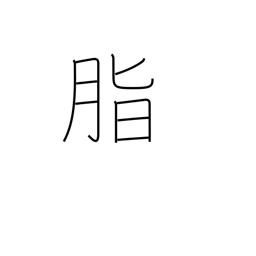
Meaning: rosin